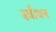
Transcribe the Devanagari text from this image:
स्वीथन